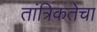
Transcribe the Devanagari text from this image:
तांत्रिकतेचा